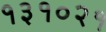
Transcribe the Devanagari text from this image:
१३१०२१